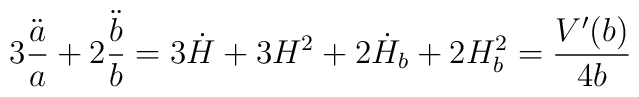
3 \frac{\ddot{a}}{a} + 2 \frac{\ddot{b}}{b} = 	3 \dot{H} + 3 H^2 + 2 \dot{H}_b + 2 H_b^2 =	\frac{V'(b)}{4 b}